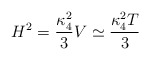
\begin{align*}H^2 = \frac{\kappa_4^2}{3} V \simeq \frac{\kappa_4^2 T}{3}\end{align*}